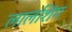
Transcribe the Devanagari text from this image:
लालशिंग